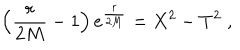
\left( { \frac { r } { 2 M } } - 1 \right) e ^ { { \frac { r } { 2 M } } } = X ^ { 2 } - T ^ { 2 } \; ,